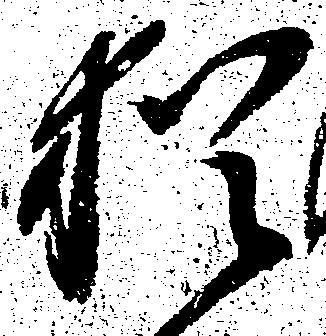
猶